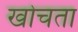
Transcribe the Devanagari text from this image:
खोचता